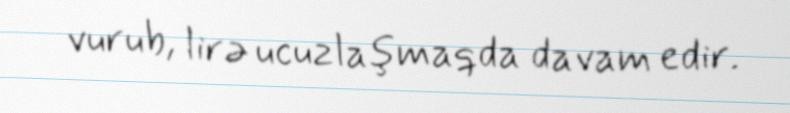
vurub, lirə ucuzlaşmaqda davam edir.